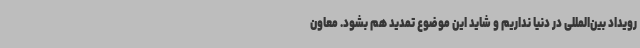
رویداد بین‌المللی در دنیا نداریم و شاید این موضوع تمدید هم بشود. معاون